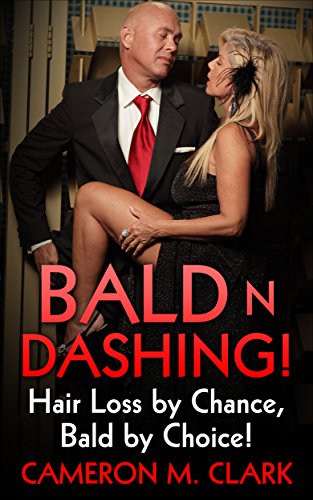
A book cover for Bald n Dashing!: Hair Loss by Chance, Bald by Choice!; Cameron M. Clark; Health, Fitness & Dieting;